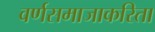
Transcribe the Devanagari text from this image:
वर्णसमाजाकरिता